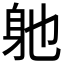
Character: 𮜮